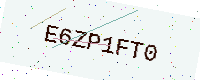
Text: E6ZP1FT0